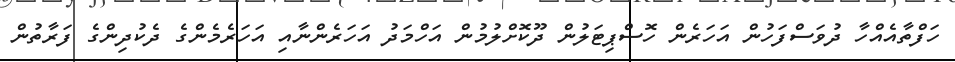
ހަފްތާއެއްހާ ދުވަސްފަހުން އަހަރެން ހޮސްޕިޓަލުން ދޫކޮށްލުމުން އަހްމަދު އަހަރެންނާއި އަހަރެމެންގެ ދެކުދިންގެ ފަރާތުން